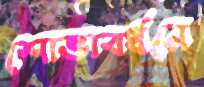
শোভাবর্ধনে